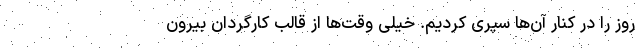
روز را در کنار آن‌ها سپری کردیم. خیلی وقت‌ها از قالب کارگردان بیرون